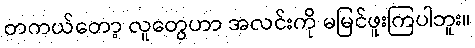
တကယ်တော့ လူတွေဟာ အလင်းကို မမြင်ဖူးကြပါဘူး။